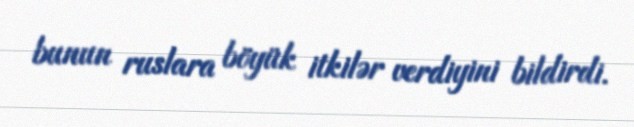
bunun ruslara böyük itkilər verdiyini bildirdi.